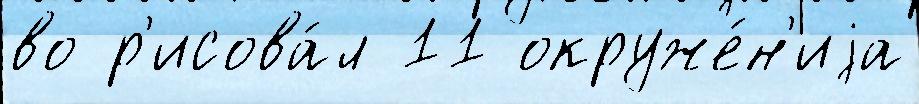
во р'исова́л 11 окруже́н'иjа